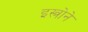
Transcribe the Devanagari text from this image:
इस्त्रोने